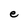
Character: e